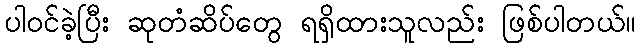
ပါဝင်ခဲ့ပြီး ဆုတံဆိပ်တွေ ရရှိထားသူလည်း ဖြစ်ပါတယ်။